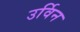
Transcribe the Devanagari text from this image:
उर्विन